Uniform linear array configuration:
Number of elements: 4
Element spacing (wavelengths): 1
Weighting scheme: kaiser
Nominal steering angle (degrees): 45
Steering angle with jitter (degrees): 44.043
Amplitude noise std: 0.05
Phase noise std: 0.05

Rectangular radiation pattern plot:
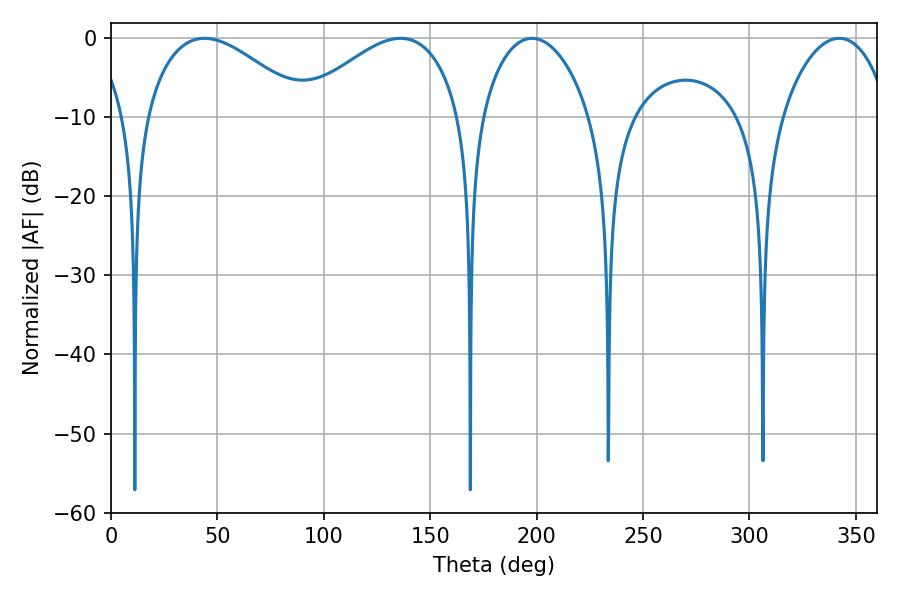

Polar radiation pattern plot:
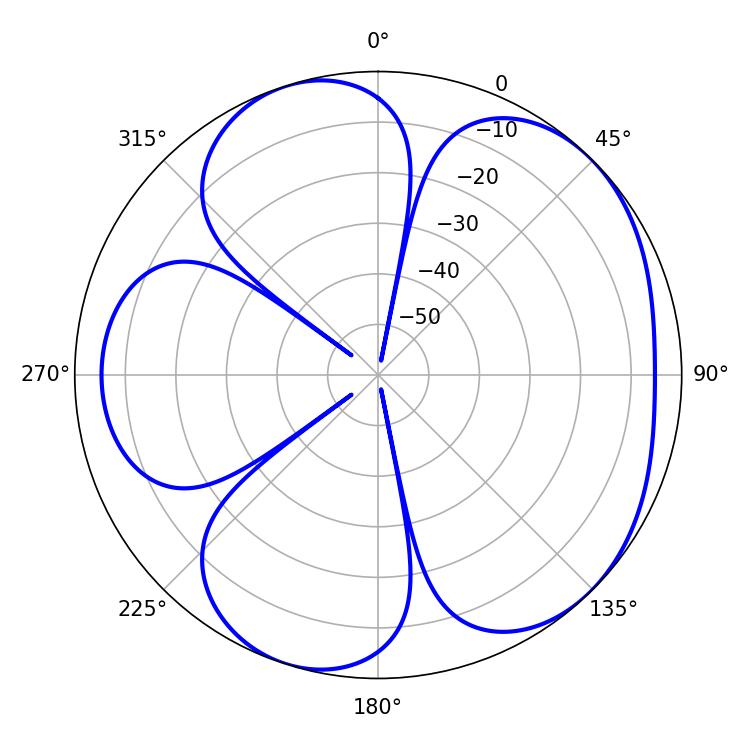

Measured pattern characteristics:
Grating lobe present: TRUE
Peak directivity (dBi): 5.125
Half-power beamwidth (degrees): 28.98
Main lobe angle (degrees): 197.82